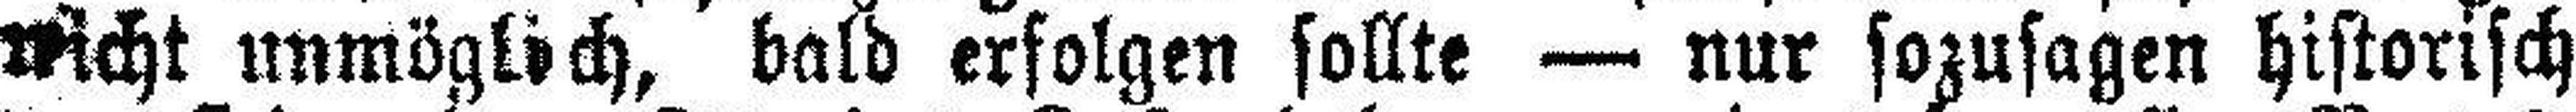
nicht unmöglich, bald erfolgen sollte — nur sozusagen historisch